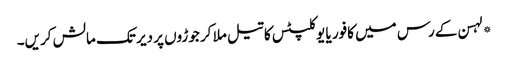
*لہسن کے رس میں کافور یا یوکلپٹس کا تیل ملا کر جوڑوں پر دیر تک مالش کریں۔